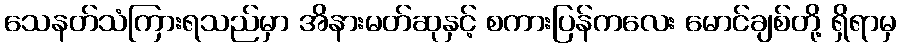
သေနတ်သံကြားရသည်မှာ အိနားမတ်ဆုနှင့် စကားပြန်ကလေး မောင်ချစ်တို့ ရှိရာမှ